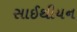
સાઈથીયન